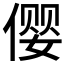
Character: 𱏆